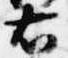
右